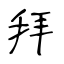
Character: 拜